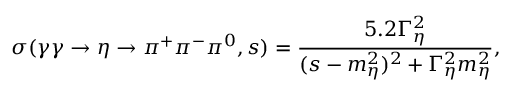
\sigma ( \gamma \gamma \to \eta \to \pi ^ { + } \pi ^ { - } \pi ^ { 0 } , s ) = \frac { 5 . 2 \Gamma _ { \eta } ^ { 2 } } { ( s - m _ { \eta } ^ { 2 } ) ^ { 2 } + \Gamma _ { \eta } ^ { 2 } m _ { \eta } ^ { 2 } } ,